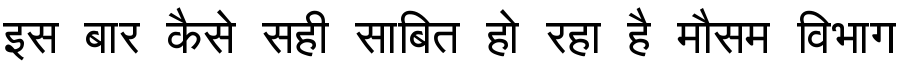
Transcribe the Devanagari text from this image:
इस बार कैसे सही साबित हो रहा है मौसम विभाग